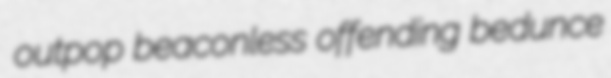
outpop beaconless offending bedunce